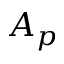
A _ { p }